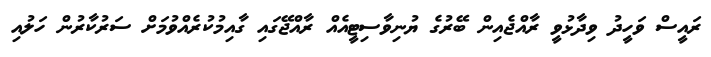
ރައީސް ވަހީދު ވިދާޅުވީ ރާއްޖެއިން ބޭރުގެ ޔުނިވާސިޓީއެއް ރާއްޖޭގައި ގާއިމުކުރެއްވުމަށް ސަރުކާރުން ހަލުއި